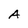
Character: A